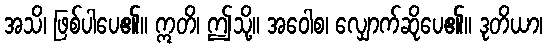
အသိ၊ ဖြစ်ပါပေ၏။ ဣတိ၊ ဤသို့။ အဝေါစ၊ လျှောက်ဆိုပေ၏။ ဒုတိယာ၊